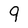
Character: 9